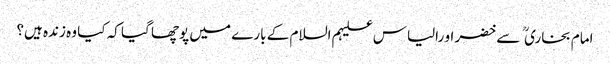
امام بخاری  سے خضر او رالیاس علیہم السلام کے بارے میں پوچھا گیا کہ کیا وہ زندہ ہیں؟